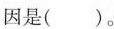
因是()。